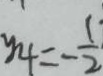
y _ { 4 } = - \frac { 1 } { 2 }